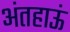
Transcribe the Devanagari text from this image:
अंतहाऊं